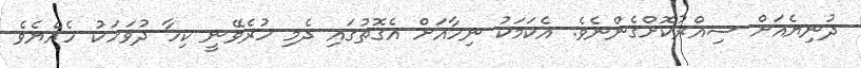
ދުނިޔެއަށް ސިއްރުކޮށްގެންނެވެ. އެކަމަކު ނިހާއަށް އެގޮތުގައި ދެމި ހުރެވޭނީ ކިހާ ދުވަހަކު ހެއްޔެވެ